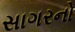
સાગરનો